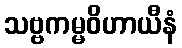
သဗ္ဗကမ္မဝိဟာယီနံ